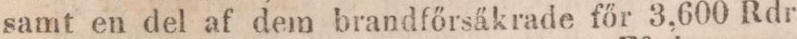
samt en del af dem brandfőrsäkrade főr 3,600 Rdr